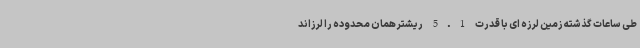
طی ساعات گذشته زمین لرزه ای با قدرت 5.1 ریشتر همان محدوده را لرزاند